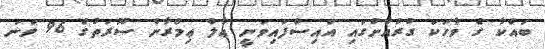
ބައްކާ ގެ ވާހަކަ ގުރުއާނުގައި އައިސްފައިވަނީ ޢާލް ޢިމްރާން ސޫރަތުގެ 96 ވަނަ